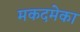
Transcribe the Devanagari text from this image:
मकदमेका